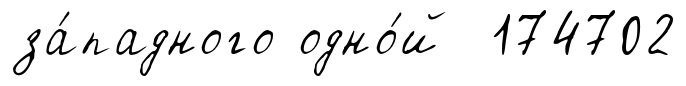
за́падного одно́й 174702